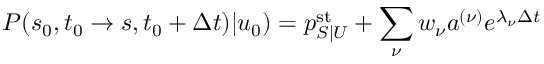
P ( s _ { 0 } , t _ { 0 } \to s , t _ { 0 } + \Delta t ) | u _ { 0 } ) = p _ { S | U } ^ { \mathrm { s t } } + \sum _ { \nu } w _ { \nu } a ^ { ( \nu ) } e ^ { \lambda _ { \nu } \Delta t }